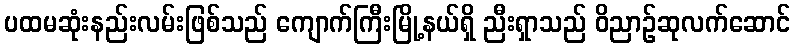
ပထမဆုံးနည်းလမ်းဖြစ်သည် ကျောက်ကြီးမြို့နယ်ရှိ ညီးရှာသည် ဝိညာဉ်ဆုလက်ဆောင်